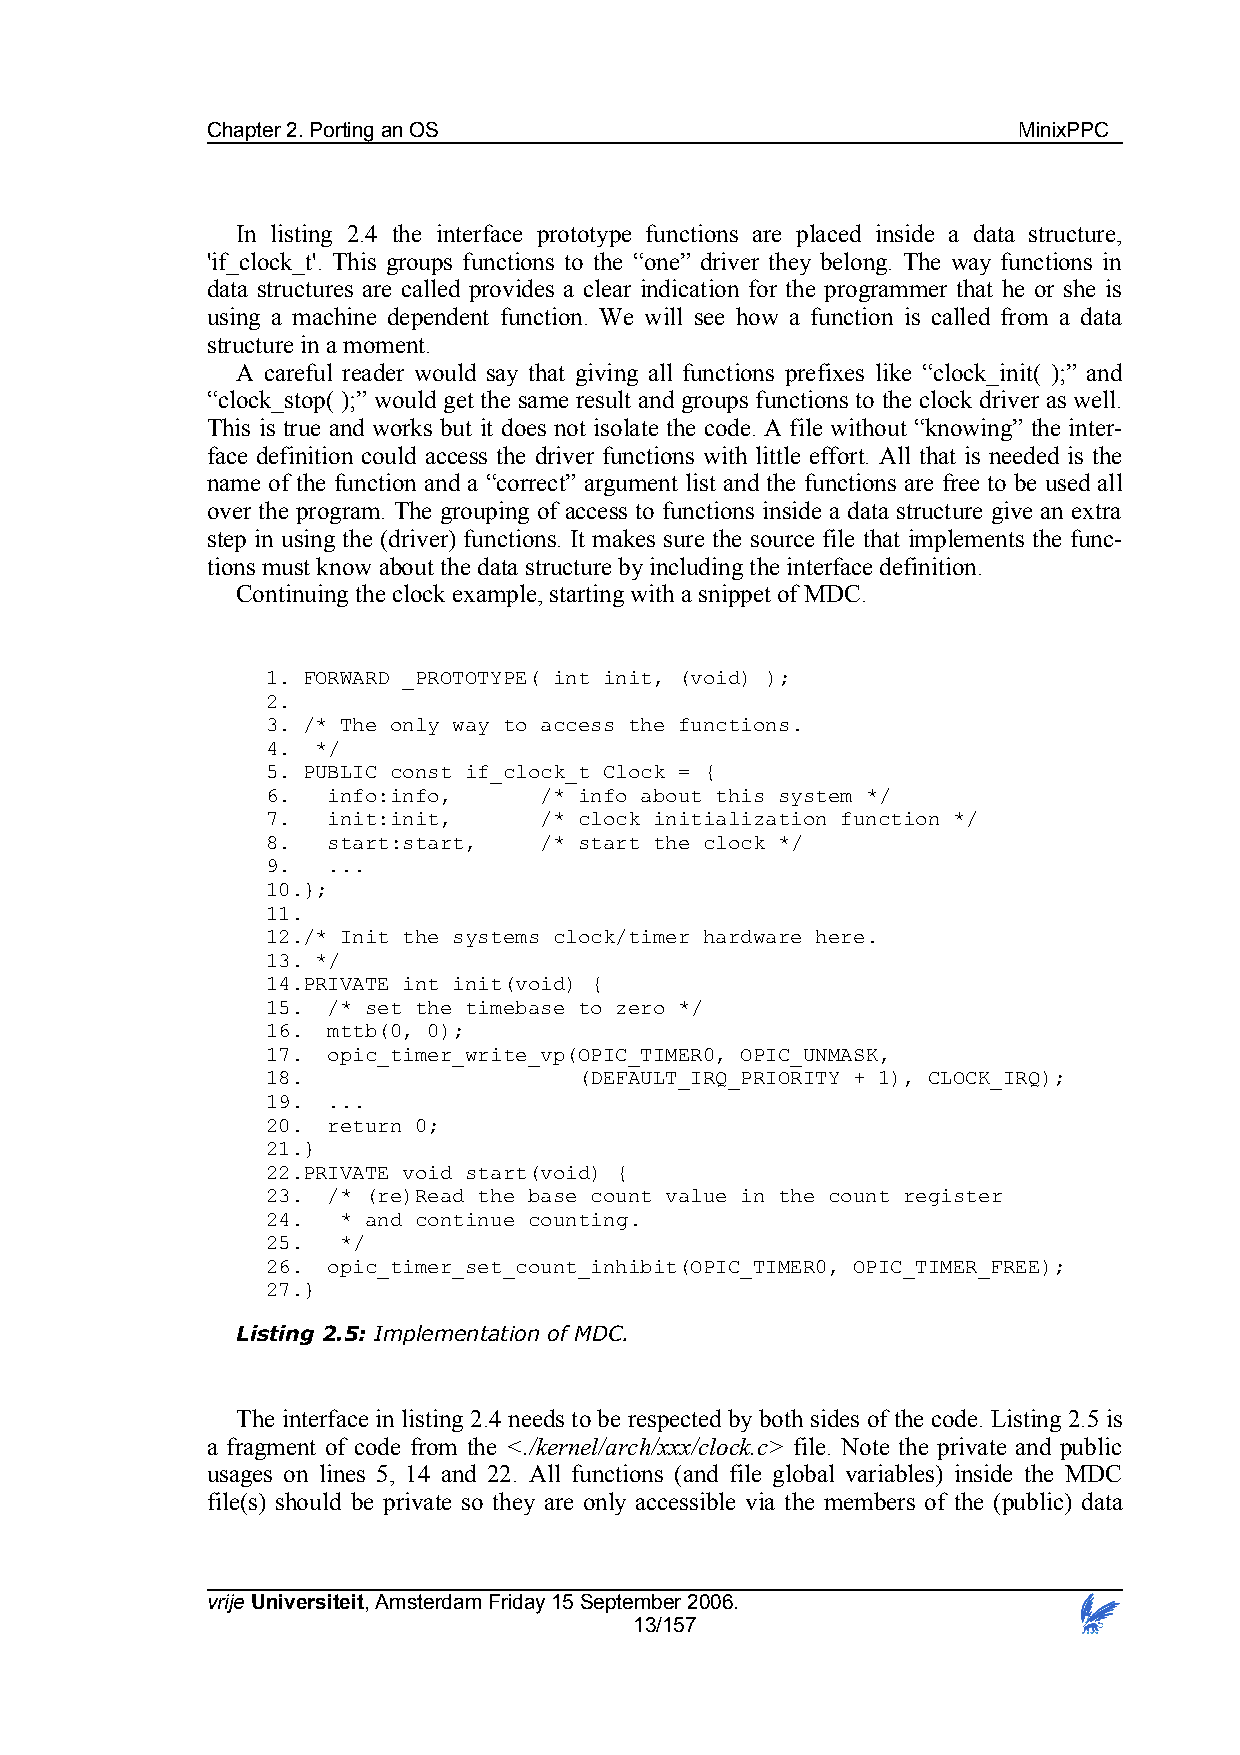
Chapter 2. Porting an OS                             MinixPPC
 In listing 2.4 the interface prototype functions are placed inside a data structure,
 'if_clock_t'. This groups functions to the “one” driver they belong. The way functions in
 data structures are called provides a clear indication for the programmer that he or she is
 using a machine dependent function. We will see how a function is called from a data
 structure in a moment.
 A careful reader would say that giving all functions prefixes like “clock_init( );” and
 “clock_stop( );” would get the same result and groups functions to the clock driver as well.
 This is true and works but it does not isolate the code. A file without “knowing” the inter-
 face definition could access the driver functions with little effort. All that is needed is the
 name of the function and a “correct” argument list and the functions are free to be used all
 over the program. The grouping of access to functions inside a data structure give an extra
 step in using the (driver) functions. It makes sure the source file that implements the func-
 tions must know about the data structure by including the interface definition.
 Continuing the clock example, starting with a snippet of MDC.
 1. FORWARD _PROTOTYPE( int init, (void) );
 2.
 3. /* The only way to access the functions.
 4. */
 5. PUBLIC const if_clock_t Clock = {
 6.  info:info,    /* info about this system */
 7.  init:init,    /* clock initialization function */
 8.  start:start,  /* start the clock */
 9.  ...
 10.};
 11.
 12./* Init the systems clock/timer hardware here.
 13. */
 14.PRIVATE int init(void) {
 15. /* set the timebase to zero */
 16. mttb(0, 0);
 17. opic_timer_write_vp(OPIC_TIMER0, OPIC_UNMASK,
 18.                 (DEFAULT_IRQ_PRIORITY + 1), CLOCK_IRQ);
 19. ...
 20. return 0;
 21.}
 22.PRIVATE void start(void) {
 23. /* (re)Read the base count value in the count register
 24.  * and continue counting.
 25.  */
 26. opic_timer_set_count_inhibit(OPIC_TIMER0, OPIC_TIMER_FREE);
 27.}
 Listing 2.5: Implementation of MDC.
 The interface in listing 2.4 needs to be respected by both sides of the code. Listing 2.5 is
 a fragment of code from the <./kernel/arch/xxx/clock.c> file. Note the private and public
 usages on lines 5, 14 and 22. All functions (and file global variables) inside the MDC
 file(s) should be private so they are only accessible via the members of the (public) data
 vrije Universiteit, Amsterdam Friday 15 September 2006.
 13/157